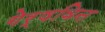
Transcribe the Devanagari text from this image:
गेर्षविन